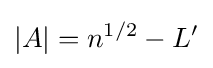
|A|=n^{1/2}-L^{\prime }